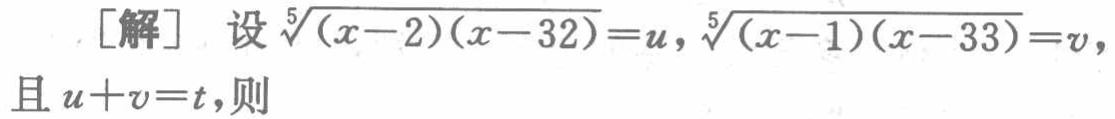
\[

\begin{align*}

[\text{解}]\quad&\text{设}\sqrt[5]{(x - 2)(x - 32)} = u,\sqrt[5]{(x - 1)(x - 33)} = v,\\

&\text{且}u + v = t,\text{则}

\end{align*}

\]